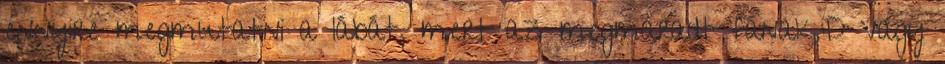
ennyire megmutatni a lábát, mert az megmaradt fának.:D Vagy